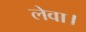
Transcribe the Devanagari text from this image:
लेवा।